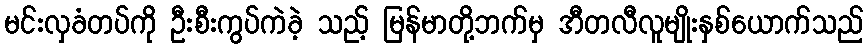
မင်းလှခံတပ်ကို ဦးစီးကွပ်ကဲခဲ့ သည့် မြန်မာတို့ဘက်မှ အီတလီလူမျိုးနှစ်ယောက်သည်